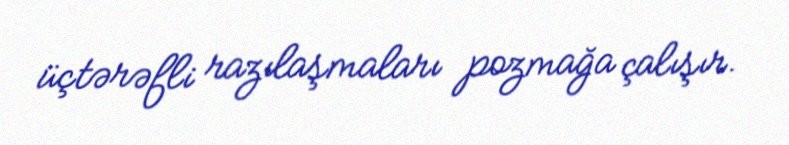
üçtərəfli razılaşmaları pozmağa çalışır.